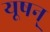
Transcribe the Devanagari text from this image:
यूषन्